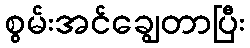
စွမ်းအင်ချွေတာပြီး